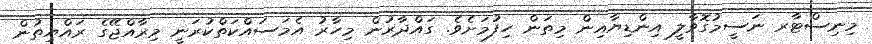
މިނިސްޓާރ ނަސީމުގޮވާލީ އިންޑިޔާއިން މިތަން ހިފުމަށެވެ. ގައްދާރުން މިހާރު އެމަސައްކަތްކުރަނީ މިރާއްޖޭގެ ރައްޔިތުން